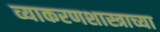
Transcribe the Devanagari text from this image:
व्याकरणशास्त्राच्या